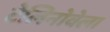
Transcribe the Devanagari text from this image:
टेलिनोवेला